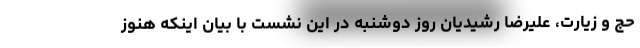
حج و زیارت، علیرضا رشیدیان روز دوشنبه در این نشست با بیان اینکه هنوز